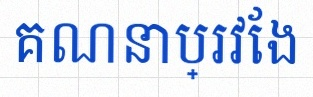
គណនាប្រវែង